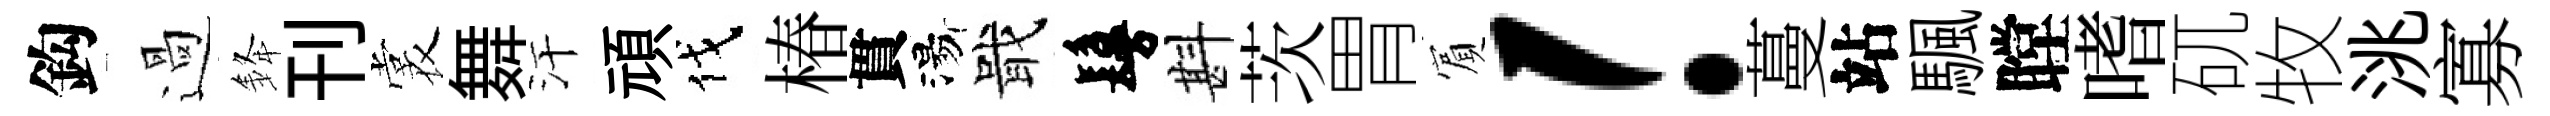
鈎過𨦟刊裳舞汗頑伐椿貫湯戢鬘斟茨胃賔！蔓站颿瞠嗜矹牧洮寡